画像に写った文字を読んでください
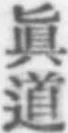
「眞道」と書いてあります